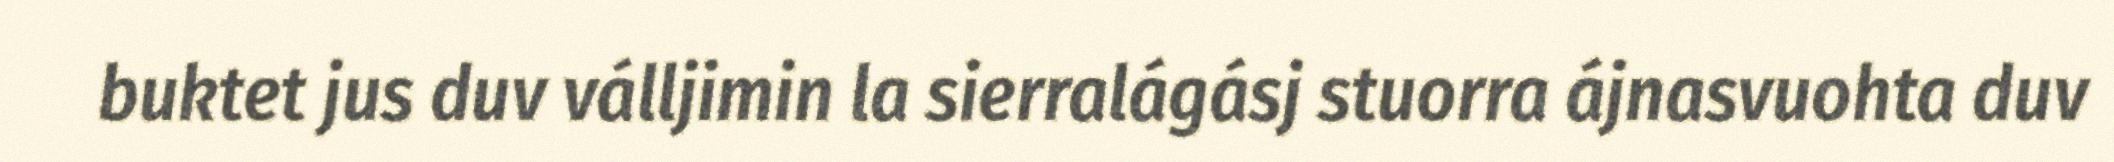
buktet jus duv válljimin la sierralágásj stuorra ájnasvuohta duv